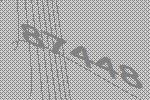
87448